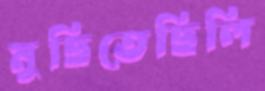
মুছিতেছিলি